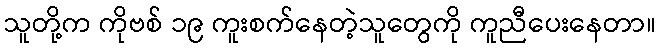
သူတို့က ကိုဗစ် ၁၉ ကူးစက်နေတဲ့သူတွေကို ကူညီပေးနေတာ။